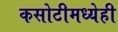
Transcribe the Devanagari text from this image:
कसोटीमध्येही